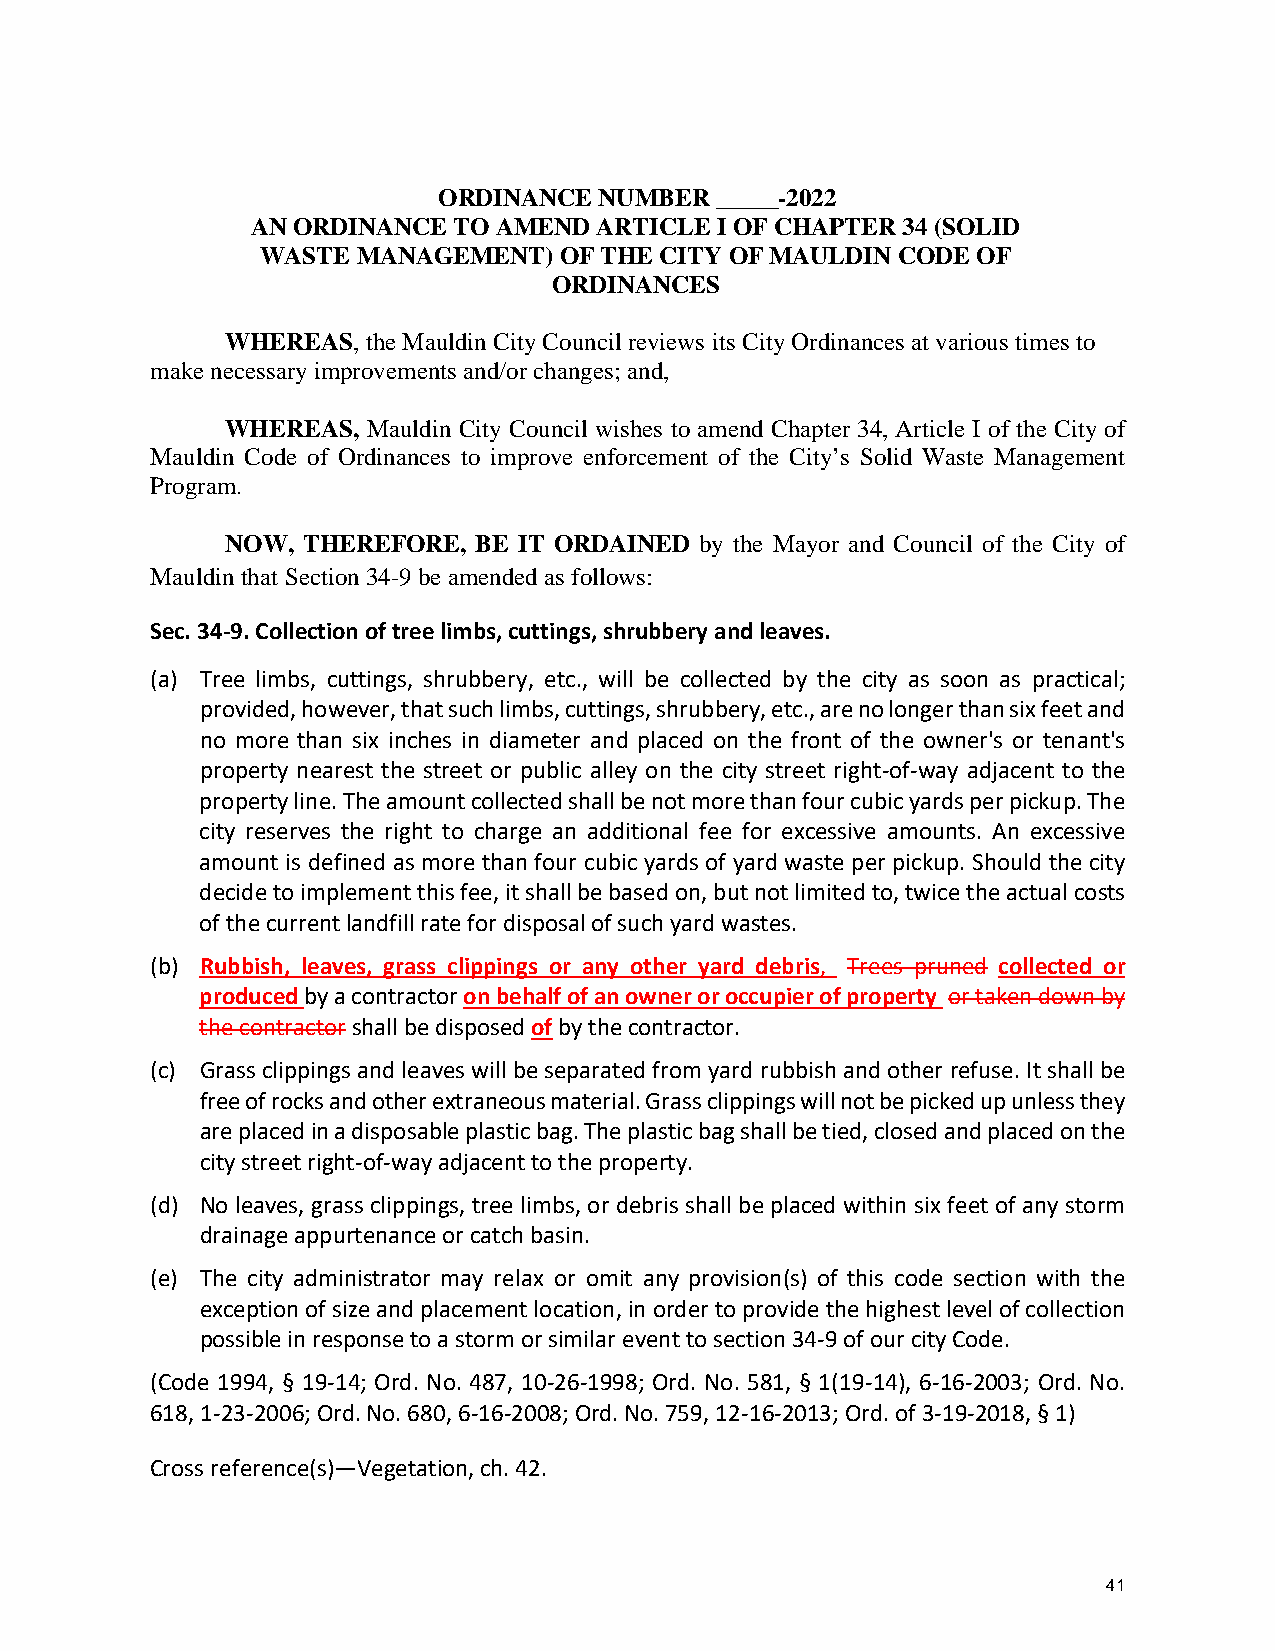
ORDINANCE  NUMBER _____-2022
 AN ORDINANCE TO AMEND  ARTICLE I OF CHAPTER 34 (SOLID
 WASTE  MANAGEMENT)  OF THE CITY OF MAULDIN CODE OF
 ORDINANCES
 WHEREAS, the Mauldin City Council reviews its City Ordinances at various times to
 make necessary improvements and/or changes; and,
 WHEREAS, Mauldin City Council wishes to amend Chapter 34, Article I of the City of
 Mauldin Code of Ordinances to improve enforcement of the City’s Solid Waste Management
 Program.
 NOW, THEREFORE, BE IT ORDAINED by the Mayor and Council of the City of
 Mauldin that Section 34-9 be amended as follows:
 Sec. 34-9. Collection of tree limbs, cuttings, shrubbery and leaves.
 (a) Tree limbs, cuttings, shrubbery, etc., will be collected by the city as soon as practical;
 provided, however, that such limbs, cuttings, shrubbery, etc., are no longer than six feet and
 no more than six inches in diameter and placed on the front of the owner's or tenant's
 property nearest the street or public alley on the city street right-of-way adjacent to the
 property line. The amount collected shall be not more than four cubic yards per pickup. The
 city reserves the right to charge an additional fee for excessive amounts. An excessive
 amount is defined as more than four cubic yards of yard waste per pickup. Should the city
 decide to implement this fee, it shall be based on, but not limited to, twice the actual costs
 of the current landfill rate for disposal of such yard wastes.
 (b) Rubbish, leaves, grass clippings or any other yard debris, Trees pruned collected or
 produced by a contractor on behalf of an owner or occupier of property or taken down by
 the contractor shall be disposed of by the contractor.
 (c) Grass clippings and leaves will be separated from yard rubbish and other refuse. It shall be
 free of rocks and other extraneous material. Grass clippings will not be picked up unless they
 are placed in a disposable plastic bag. The plastic bag shall be tied, closed and placed on the
 city street right-of-way adjacent to the property.
 (d) No leaves, grass clippings, tree limbs, or debris shall be placed within six feet of any storm
 drainage appurtenance or catch basin.
 (e) The city administrator may relax or omit any provision(s) of this code section with the
 exception of size and placement location, in order to provide the highest level of collection
 possible in response to a storm or similar event to section 34-9 of our city Code.
 (Code 1994, § 19-14; Ord. No. 487, 10-26-1998; Ord. No. 581, § 1(19-14), 6-16-2003; Ord. No.
 618, 1-23-2006; Ord. No. 680, 6-16-2008; Ord. No. 759, 12-16-2013; Ord. of 3-19-2018, § 1)
 Cross reference(s)—Vegetation, ch. 42.
 41